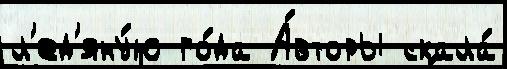
л'ед'яну́ю го́да А́вторы скала́